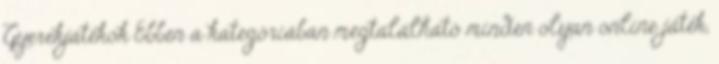
Gyerekjátékok Ebben a kategóriában megtalálható minden olyan online játék,